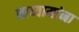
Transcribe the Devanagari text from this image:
खय्यामांना